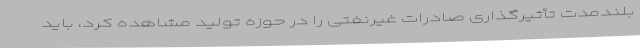
بلندمدت تأثیرگذاری صادرات غیرنفتی را در حوزه تولید مشاهده کرد، باید